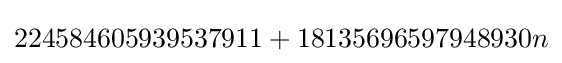
224584605939537911+18135696597948930n